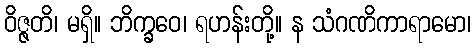
ဝိဇ္ဇတိ၊ မရှိ။ ဘိက္ခဝေ၊ ရဟန်းတို့။ န သံဂဏိကာရာမော၊